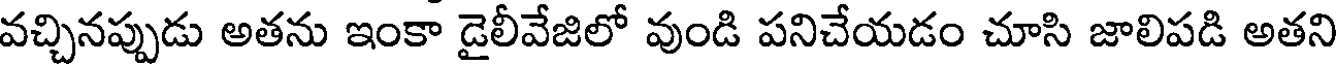
వచ్చినప్పుడు అతను ఇంకా డైలీవేజిలో వుండి పనిచేయడం చూసి జాలిపడి అతని